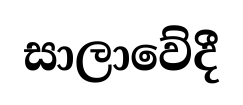
සාලාවේදී